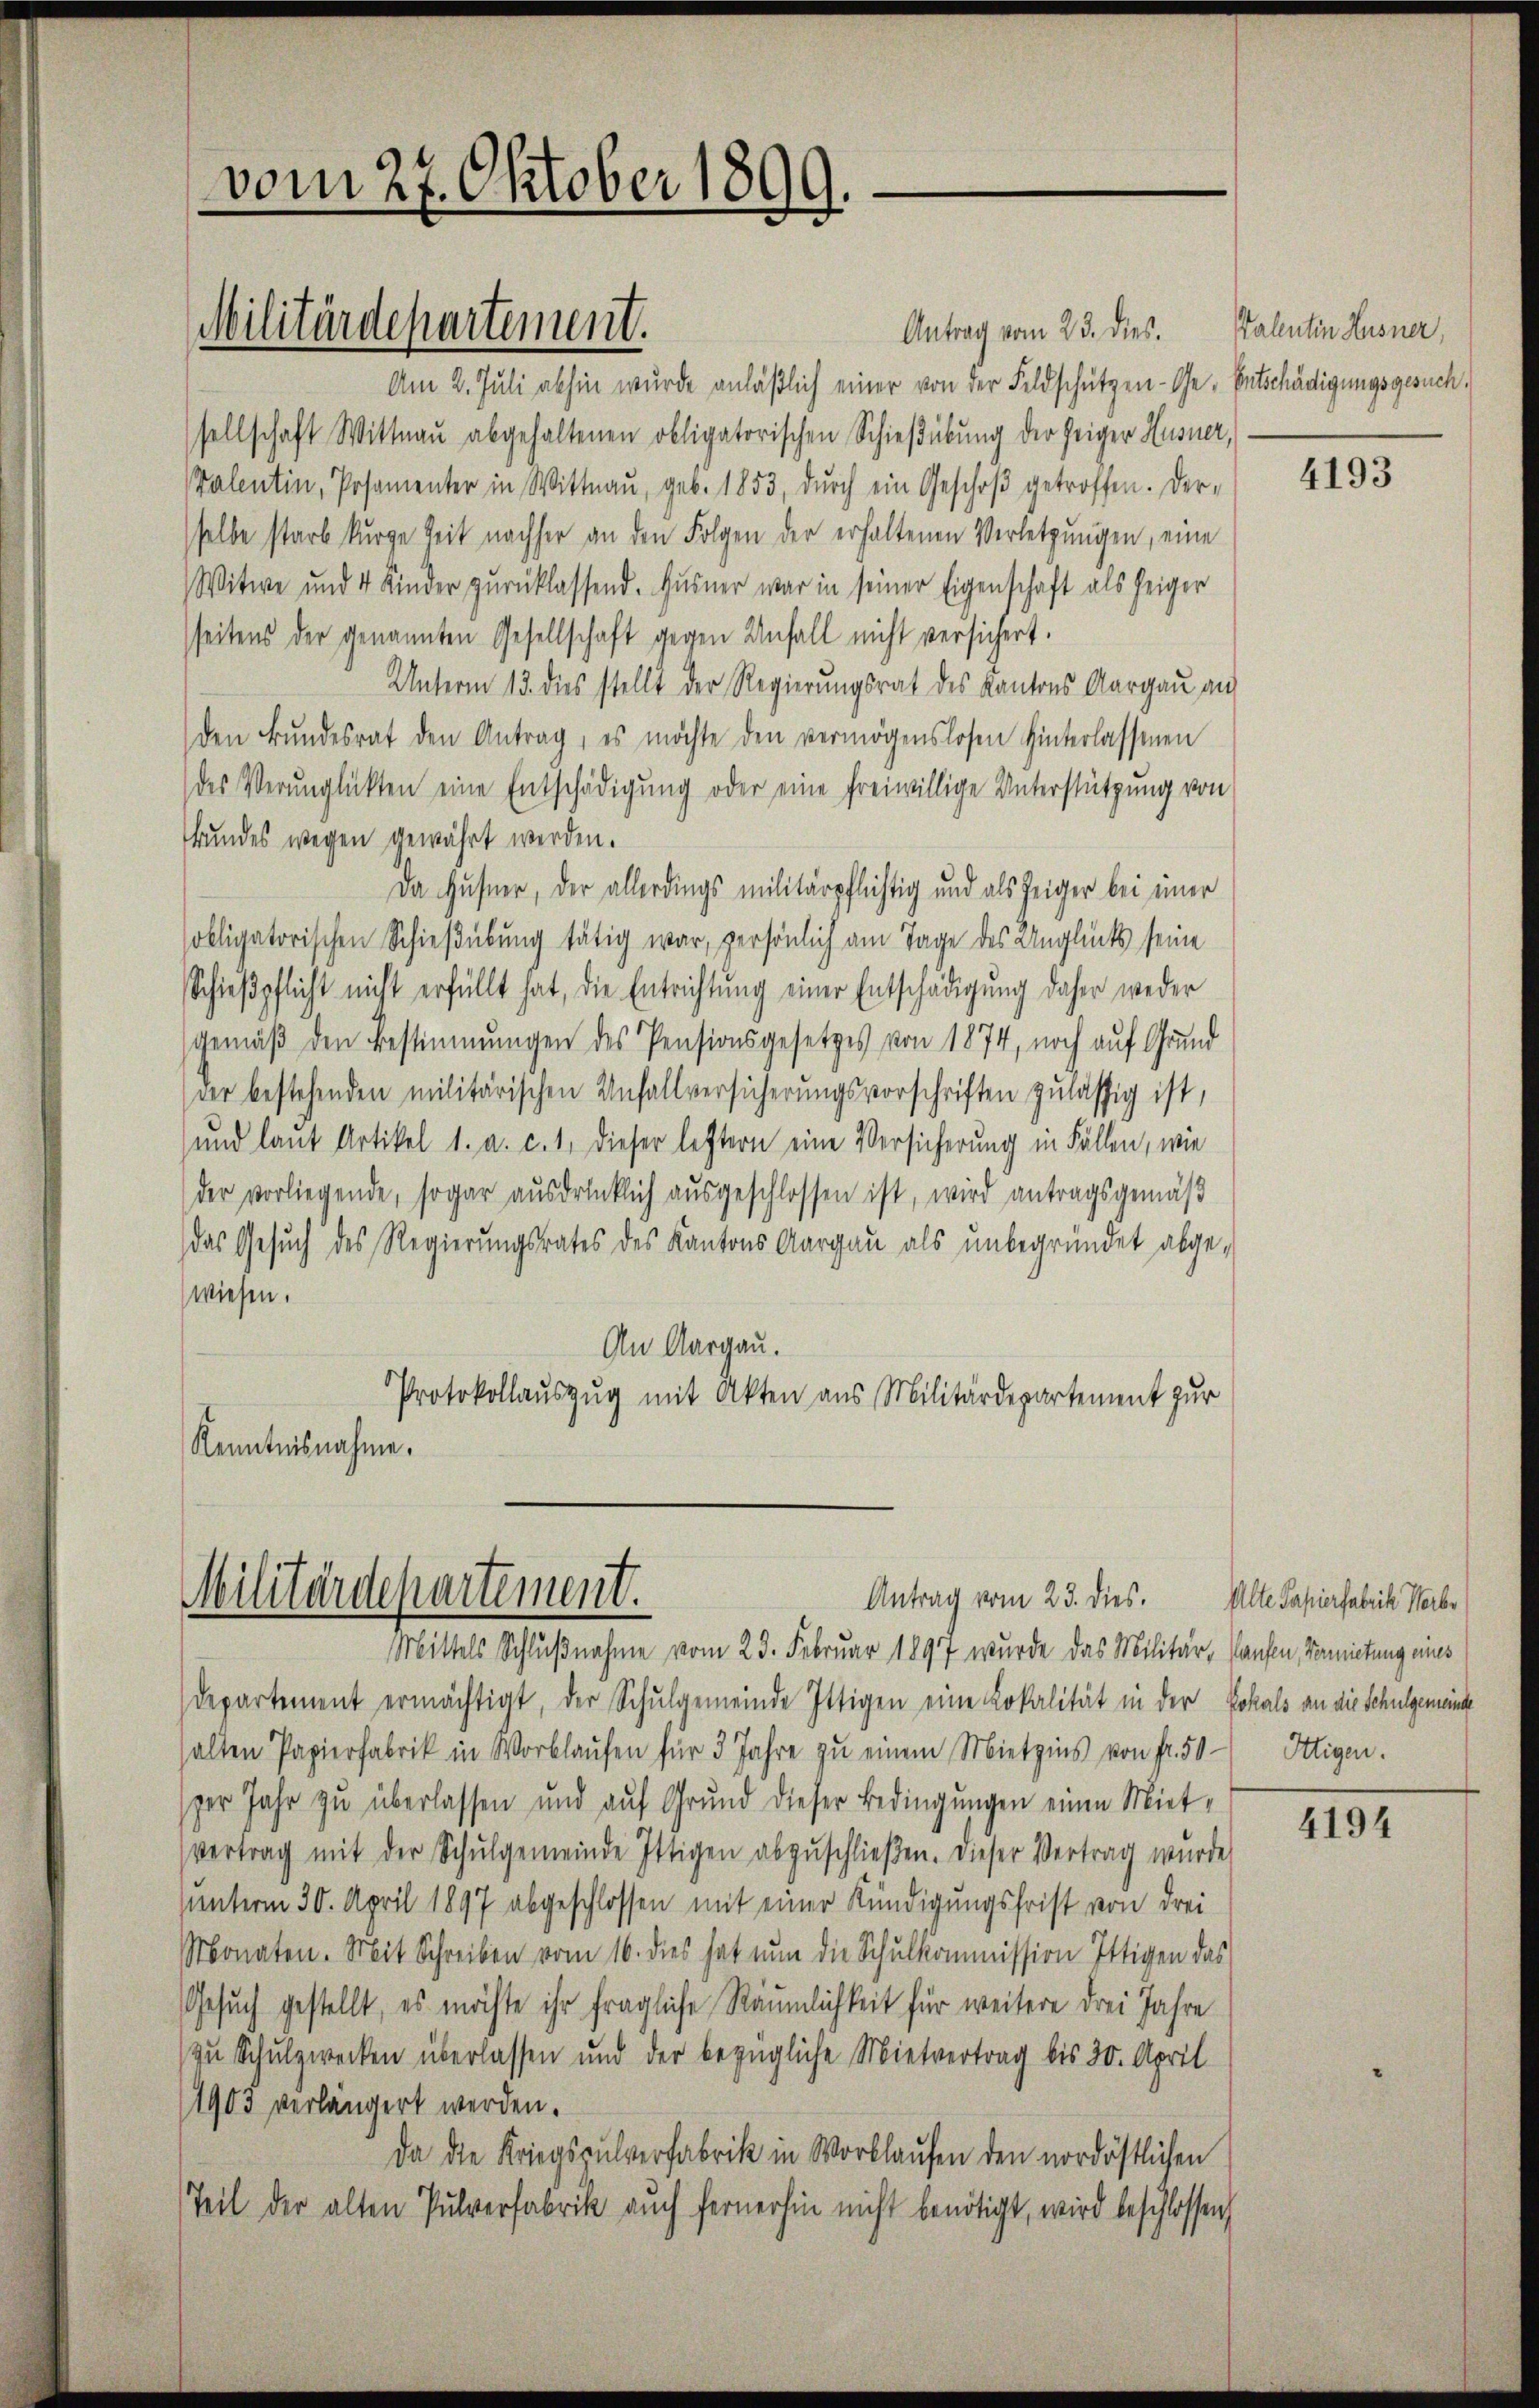
vom 27. Oktober 1899.

Militärdepartement.

Antrag vom 23. dies. Kalentin Husner,
Am 2. Juli abhin wurde anläßlich einer von der Feldschützen- Ge- Entschädigungsgesuch,
sellschaft Wittnau abgehaltenen obligatorischen Schießübung der Zeiger Husner,
Valentin, Posamenter in Wittnau, geb. 1853, dŭrch ein Geschoβ getroffen. Der
selbe starb kurze Zeit nachher an den Folgen der erhaltenen Verletzŭngen, eine
Witwe und 4 Kinder zurücklassend. Husner war in seiner Eigenschaft als zeiger
seitens der genannten Gesellschaft gegen Unfall nicht versichert.
Unterm 13. dies stellt der Regierungsrat des Kantons Aargau an
den Bŭndesrat den Antrag, es möchte den vermögenslosen hinterlassenen
des Verunglückten eine Entschädigung oder eine freiwillige Unterstützung von
kundes wegen gewährt werden.
Da Husner, der allerdings militärpflichtig und als zeiger bei einer
sobligatorischen Schießübung tätig war, persönlich am Tage des Unglück seine
Schieβpflicht nicht erfüllt hat, die Entrichtŭng einer Entschädigŭng daher weder
gemäß den Bestimmungen des Pensionsgesetzes von 1874, noch auf Grund
der bestehenden militärischen Unfallversicherungsvorschriften zulässig ist,
und laut Artikel 1. a. c. 1. dieser letztern eine Versicherung in Fällen, wie
der vorliegende, sogar ausdrücklich ausgeschlossen ist, wird antragsgemäß
das Gesŭch des Regierŭngsrates des Kantons Aargau als ŭnbegründet abge-
wiesen.
An Aargau.
Protokollauszug mit Akten aus Militärdepartement zur
Kenntnisnahme.

Militärdepartement.

Mittels Schlußnahme vom 23. Februar 1897 wurde das Militär, Kaufen, Vermietung eines
departement ermächtigt, der Schulgemeinde Ittigen eine Lokalität in der Lokals an die Schulgemeinde
halten Papierfabrik in Vorlaŭfen für 3 Jahre zŭ einem Mietzins von fr. 50 Ittigen.
per Jahr zu überlassen und auf Grund dieser Bedingungen einen Miet-
vertrag mit der Schŭlgemeinde Ittigen abzŭschlieβen. Dieser Vertrag wurde
uunterm 30. April 1897 abgeschlossen mit einer Kündigungsfrist von drei
Monaten. Mit Schreiben vom 16. dies hat nun die Schulkommission Ittigen das
Gesuch gestellt, es möchte ihr fragliche Räumlichkeit für weitere drei Jahre
zu Schulzwecken überlassen und der bezügliche Mietvertrag bis 30. April
1903 verlängert werden.
Da die Kriegspulverfabrik in Wortlaufen den nordöstlichen
Teil der alten Pulverfabrik auch fernerhin nicht benötigt, wird beschlossen

Antrag vom 23. dies.

4193

Alte Papierfabrik Herber

4194